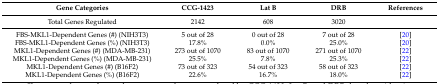
<table><thead><tr><td><b>Gene Categories</b></td><td><b>CCG-1423</b></td><td><b>Lat B</b></td><td><b>DRB</b></td><td><b>References</b></td></tr></thead><tbody><tr><td>Total Genes Regulated</td><td>2142</td><td>608</td><td>3020</td><td></td></tr><tr><td>FBS-MKL1-Dependent Genes (#) (NIH3T3)</td><td>5 out of 28</td><td>0 out of 28</td><td>7 out of 28</td><td>[20]</td></tr><tr><td>FBS-MKL1-Dependent Genes (%) (NIH3T3)</td><td>17.8%</td><td>0.0%</td><td>25.0%</td><td>[20]</td></tr><tr><td>MKL1-Dependent Genes (#) (MDA-MB-231)</td><td>273 out of 1070</td><td>83 out of 1070</td><td>271 out of 1070</td><td>[22]</td></tr><tr><td>MKL1-Dependent Genes (%) (MDA-MB-231)</td><td>25.5%</td><td>7.8%</td><td>25.3%</td><td>[22]</td></tr><tr><td>MKL1-Dependent Genes (#) (B16F2)</td><td>73 out of 323</td><td>54 out of 323</td><td>58 out of 323</td><td>[22]</td></tr><tr><td>MKL1-Dependent Genes (%) (B16F2)</td><td>22.6%</td><td>16.7%</td><td>18.0%</td><td>[22]</td></tr></tbody></table>